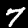
Label: 7